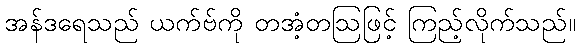
အန်ဒရေသည် ယက်ဗ်ကို တအံ့တဩဖြင့် ကြည့်လိုက်သည်။